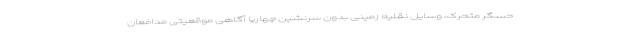
حسگر متحرک، وسایل نقلیه زمینی بدون سرنشین چهارپا آگاهی موقعیتی مدافعان